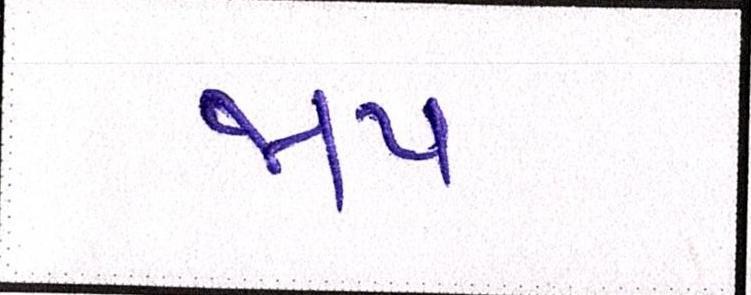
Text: જાપ